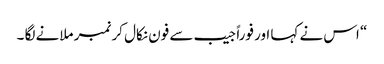
“ اس نے کہا اور فوراً جیب سے فون نکال کر نمبر ملانے لگا ۔